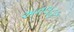
અનલહક